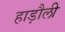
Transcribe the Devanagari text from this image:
हाड़ौली